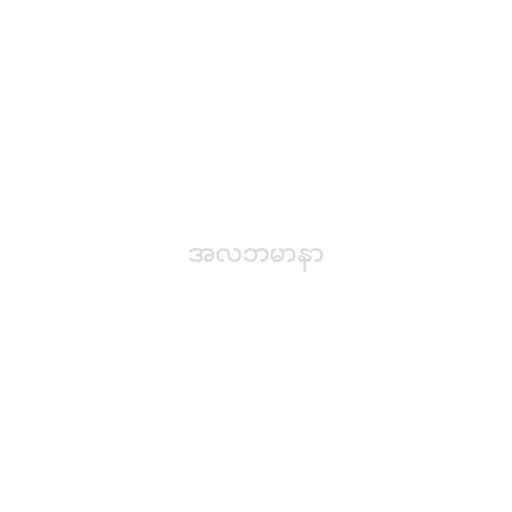
အလဘမာနာ